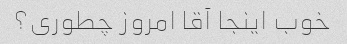
خوب اینجا آقا امروز چطوری؟